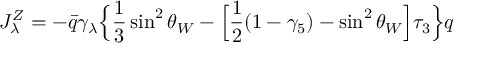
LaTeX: J _ { \lambda } ^ { Z } = - \bar { q } \gamma _ { \lambda } \Bigl \{ \frac { 1 } { 3 } \sin ^ { 2 } \theta _ { W } - \Bigl [ \frac { 1 } { 2 } ( 1 - \gamma _ { 5 } ) - \sin ^ { 2 } \theta _ { W } \Bigr ] \tau _ { 3 } \Bigr \} q